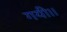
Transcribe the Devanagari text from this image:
गयी।।